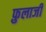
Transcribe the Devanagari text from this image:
फ़ुलाजी